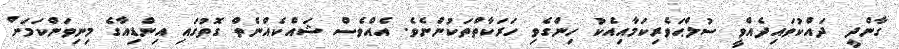
ގާންދީ ދައްކުވައިދެއްވީ ސުލްޙަވެރިކަމާއިއެކު ހިންގެވި ހަރަކާތްތަކުންނެވެ. އެއްވެސް ޝައްކެއްނެތް ގޮތުގައި އިންޑިއާގެ މިނިވަންކަމަށް